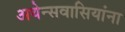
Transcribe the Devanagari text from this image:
अथेन्सवासियांना